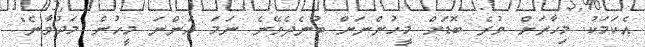
އެކަމަކު މިހާރަށް ވުރެ ބޮޑަށް މީހުންނަށް ބުނެދެވޭނެ ނަމަ އަންނަ މީހުން މަދުވާނެ"